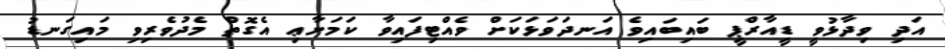
އަދި ވިދާޅުވީ ޑީއާރްޕީ ބައިބައިވެ އަނދަވަޅަކަށް ވެއްޓިފައިވާ ކަމަށާޢި އެގޮތް މެދުވެރިވި މައިގަނޑު